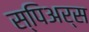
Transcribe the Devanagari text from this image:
स्पिअर्स